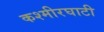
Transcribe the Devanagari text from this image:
कश्मीरघाटी